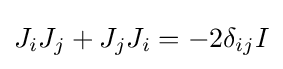
J_{i}J_{j}+J_{j}J_{i}=-2\delta _{ij}I